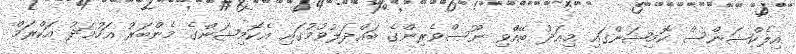
އިލެކްޝަންސް ކޮމިޝަންގައި މިއަދު ބޭއްވި ނޫސްވެރިންގެ ބައްދަލުވުމުގައި އެކޮމިޝަންގެ މެންބަރު އަހުމަދު އަކްރަމް